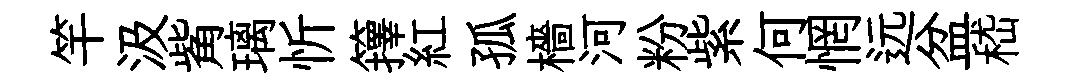
竿汲觜璃忻籜紅孤檣河粉紫何惘远盆嵇